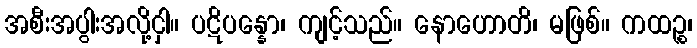
အစီးအပွါးအလို့ငှါ။ ပဋိပန္နော၊ ကျင့်သည်။ နောဟောတိ၊ မဖြစ်။ ကထဉ္စ၊